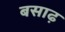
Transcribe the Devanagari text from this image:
बसाढ़